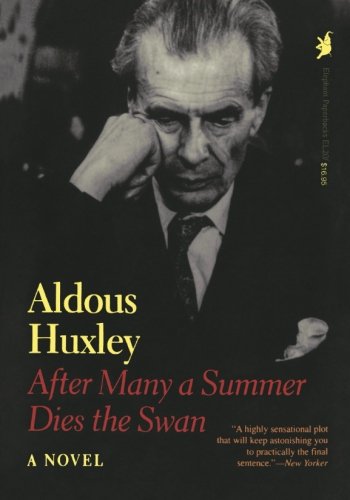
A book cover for After Many a Summer Dies the Swan; Aldous Huxley; Literature & Fiction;